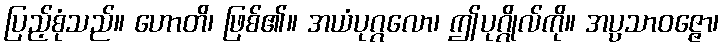
ပြည့်စုံသည်။ ဟောတိ၊ ဖြစ်၏။ အယံပုဂ္ဂလော၊ ဤပုဂ္ဂိုလ်ကို။ အပ္ပသာဝဇ္ဇော၊